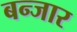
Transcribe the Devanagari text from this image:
बन्जार